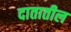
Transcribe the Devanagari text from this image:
दातातील